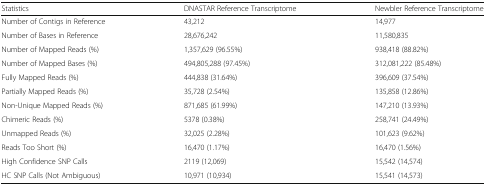
<table><thead><tr><td><b>Statistics</b></td><td><b>DNASTAR Reference Transcriptome</b></td><td><b>Newbler Reference Transcriptome</b></td></tr></thead><tbody><tr><td>Number of Contigs in Reference</td><td>43,212</td><td>14,977</td></tr><tr><td>Number of Bases in Reference</td><td>28,676,242</td><td>11,580,835</td></tr><tr><td>Number of Mapped Reads (%)</td><td>1,357,629 (96.55%)</td><td>938,418 (88.82%)</td></tr><tr><td>Number of Mapped Bases (%)</td><td>494,805,288 (97.45%)</td><td>312,081,222 (85.48%)</td></tr><tr><td>Fully Mapped Reads (%)</td><td>444,838 (31.64%)</td><td>396,609 (37.54%)</td></tr><tr><td>Partially Mapped Reads (%)</td><td>35,728 (2.54%)</td><td>135,858 (12.86%)</td></tr><tr><td>Non-Unique Mapped Reads (%)</td><td>871,685 (61.99%)</td><td>147,210 (13.93%)</td></tr><tr><td>Chimeric Reads (%)</td><td>5378 (0.38%)</td><td>258,741 (24.49%)</td></tr><tr><td>Unmapped Reads (%)</td><td>32,025 (2.28%)</td><td>101,623 (9.62%)</td></tr><tr><td>Reads Too Short (%)</td><td>16,470 (1.17%)</td><td>16,470 (1.56%)</td></tr><tr><td>High Confidence SNP Calls</td><td>2119 (12,069)</td><td>15,542 (14,574)</td></tr><tr><td>HC SNP Calls (Not Ambiguous)</td><td>10,971 (10,934)</td><td>15,541 (14,573)</td></tr></tbody></table>